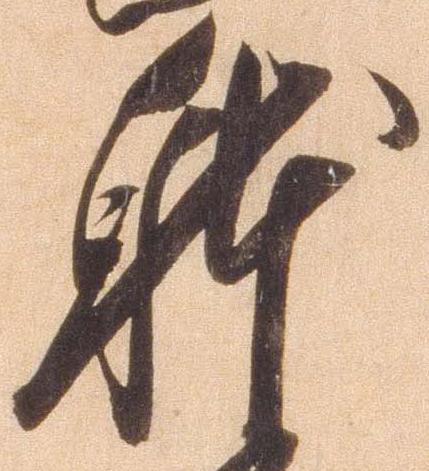
体